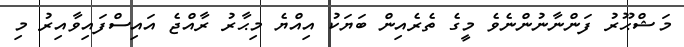
މަޝްޙޫރު ފަންނާނުންނެވެ މީގެ ތެރެއިން ބަޔަކު އިއްޔެ މިޙާރު ރާއްޖެ އައިސްފައިވާއިރު މި